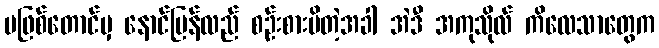
မဖြစ်တောင်မှ နောင်ပြန်လည် စဉ်းစားမိတဲ့အခါ အဲဒီ အကုသိုလ် ကိလေသာတွေက